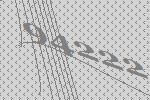
94222